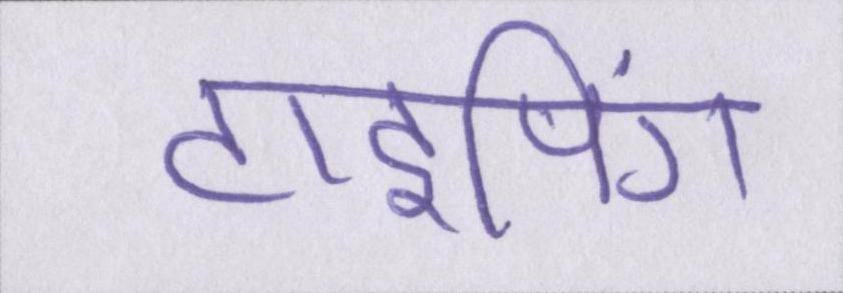
टाइपिंग